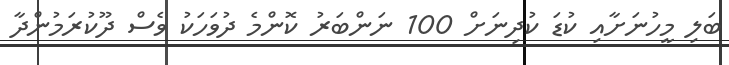
ބަލި މީހުނަށާއި ކުޑަ ކުދިނަށް 100 ނަންބަރު ކޮންމެ ދުވަހަކު ވެސް ދޫކުރަމުންދާ